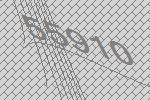
55910